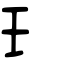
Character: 𤣩